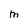
Character: M